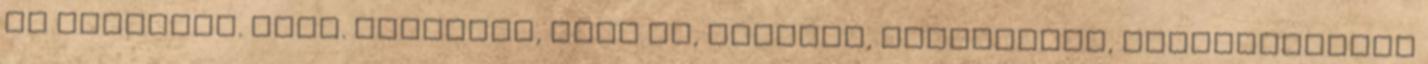
Te nevedben. Ámen. köszönöm, hogy jó, értékes, szorgalmas, otthonszerető